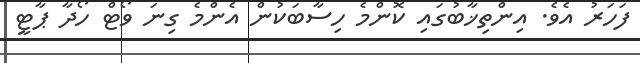
ފަހަރު އެވެ. އިންތިޚާބުގައި ކޮންމެ ހިސާބަކުން އެންމެ ގިނަ ވޯޓް ހޯދާ ޕާޓީ